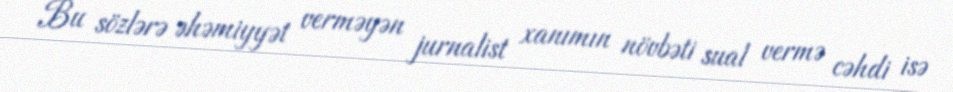
Bu sözlərə əhəmiyyət verməyən jurnalist xanımın növbəti sual vermə cəhdi isə